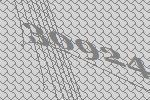
30924